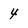
Character: 4